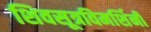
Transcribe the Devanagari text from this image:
शिवसूत्रविमर्शिनी